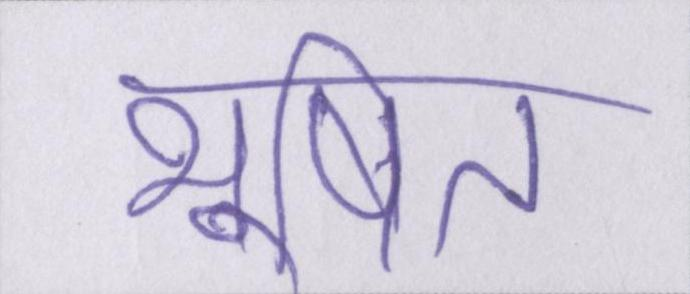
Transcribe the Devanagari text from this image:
भूषित